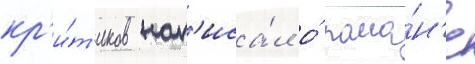
кр'и́т'иков нап'иса́л о́ рома́н'е